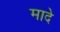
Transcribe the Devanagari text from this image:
मादे